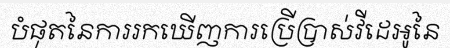
បំផុតនៃការរកឃើញការប្រើប្រាស់វីដេអូនៃ